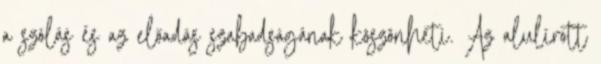
a szólás és az előadás szabadságának köszönheti. Az alulírott